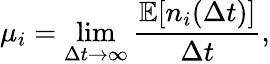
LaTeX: \mu_{i}=\operatorname*{lim}_{\Delta t\to\infty}\frac{\mathbb{E}[n_{i}(\Delta t)]}{\Delta t},